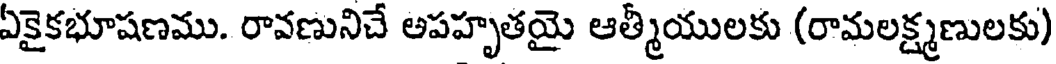
ఏకైకభూషణము. రావణునిచే అపహృతయై ఆత్మీయులకు (రామలక్ష్మణులకు)